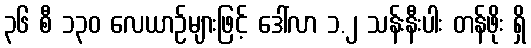
၃၆ စီ ၁၃၀ လေယာဉ်များဖြင့် ဒေါ်လာ ၁.၂ သန်းနီးပါး တန်ဖိုး ရှိ